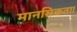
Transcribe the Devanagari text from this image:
मानसिकता।